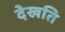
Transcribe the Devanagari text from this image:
देखति